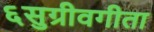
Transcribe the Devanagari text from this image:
६सुग्रीवगीता